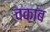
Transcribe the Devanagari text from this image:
वक़ाब